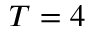
T = 4